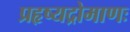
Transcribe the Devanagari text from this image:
प्रहृष्यद्रोमाणः